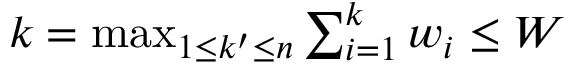
k = \textstyle \operatorname* { m a x } _ { 1 \leq k ^ { \prime } \leq n } \textstyle \sum _ { i = 1 } ^ { k } w _ { i } \leq W